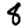
Digit: 8